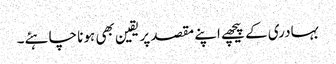
بہادری کے پیچھے اپنے مقصد پر یقین بھی ہونا چاہئے۔